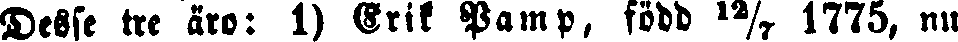
Desse tre äro: 1) Erik Pamp, född ¹²⁄₇ 1775, nu